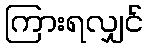
ကြားရလျှင်